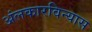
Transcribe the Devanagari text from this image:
अंलकारविन्यास